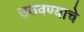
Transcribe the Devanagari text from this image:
उठवण्याचे